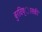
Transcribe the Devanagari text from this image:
बुरविष्ासकी